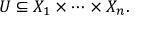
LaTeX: U \subseteq X _ { 1 } \times \cdots \times X _ { n } .